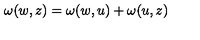
\omega ( w , z ) = \omega ( w , u ) + \omega ( u , z )